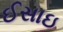
ઈસાઇ